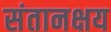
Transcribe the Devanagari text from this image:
संतानक्षय